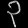
Digit: ၃